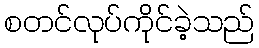
စတင်လုပ်ကိုင်ခဲ့သည်